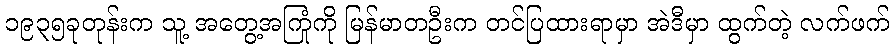
၁၉၃၅ခုတုန်းက သူ့ အတွေ့အကြုံကို မြန်မာတဦးက တင်ပြထားရာမှာ အဲဒီမှာ ထွက်တဲ့ လက်ဖက်